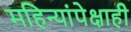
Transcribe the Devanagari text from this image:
महिन्यांपेक्षाही